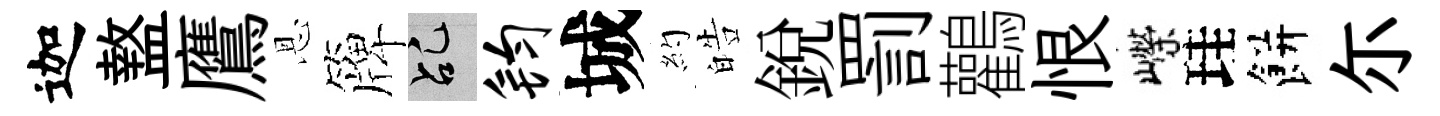
迦盩鷹恩簰乩钧城約皓銳罰鸛恨嶸珪餅尓